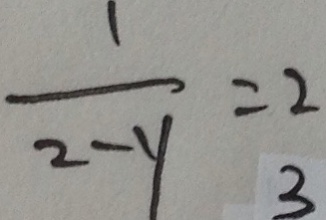
\frac { 1 } { 2 - y } = 2